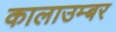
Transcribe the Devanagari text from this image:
कालाउम्बर